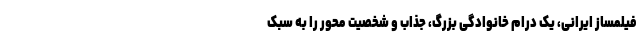
فیلمساز ایرانی، یک درام خانوادگی بزرگ، جذاب و شخصیت محور را به سبک